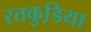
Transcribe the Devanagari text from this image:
रतकुडि़या